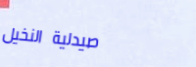
صيدلية النخيل